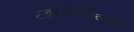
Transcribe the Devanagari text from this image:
उत्क्रांतीपर्यंतचा